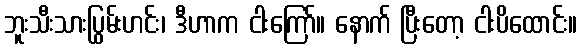
ဘူးသီးသားပြွမ်းဟင်း၊ ဒီဟာက ငါးကြော်။ နောက် ပြီးတော့ ငါးပိထောင်း။